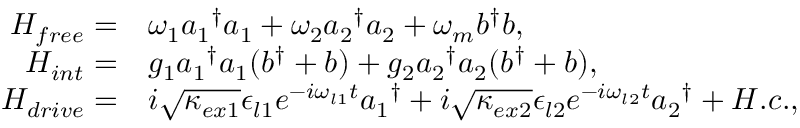
\begin{array} { r l } { H _ { f r e e } = } & { { } \omega _ { 1 } { a _ { 1 } } ^ { \dagger } a _ { 1 } + \omega _ { 2 } { a _ { 2 } } ^ { \dagger } a _ { 2 } + \omega _ { m } b ^ { \dagger } b , } \\ { H _ { i n t } = } & { { } g _ { 1 } { a _ { 1 } } ^ { \dagger } a _ { 1 } ( b ^ { \dagger } + b ) + g _ { 2 } { a _ { 2 } } ^ { \dagger } a _ { 2 } ( b ^ { \dagger } + b ) , } \\ { H _ { d r i v e } = } & { { } i \sqrt { \kappa _ { e x 1 } } \epsilon _ { l 1 } e ^ { - i \omega _ { l 1 } t } { a _ { 1 } } ^ { \dagger } + i \sqrt { \kappa _ { e x 2 } } \epsilon _ { l 2 } e ^ { - i \omega _ { l 2 } t } { a _ { 2 } } ^ { \dagger } + H . c . , } \end{array}